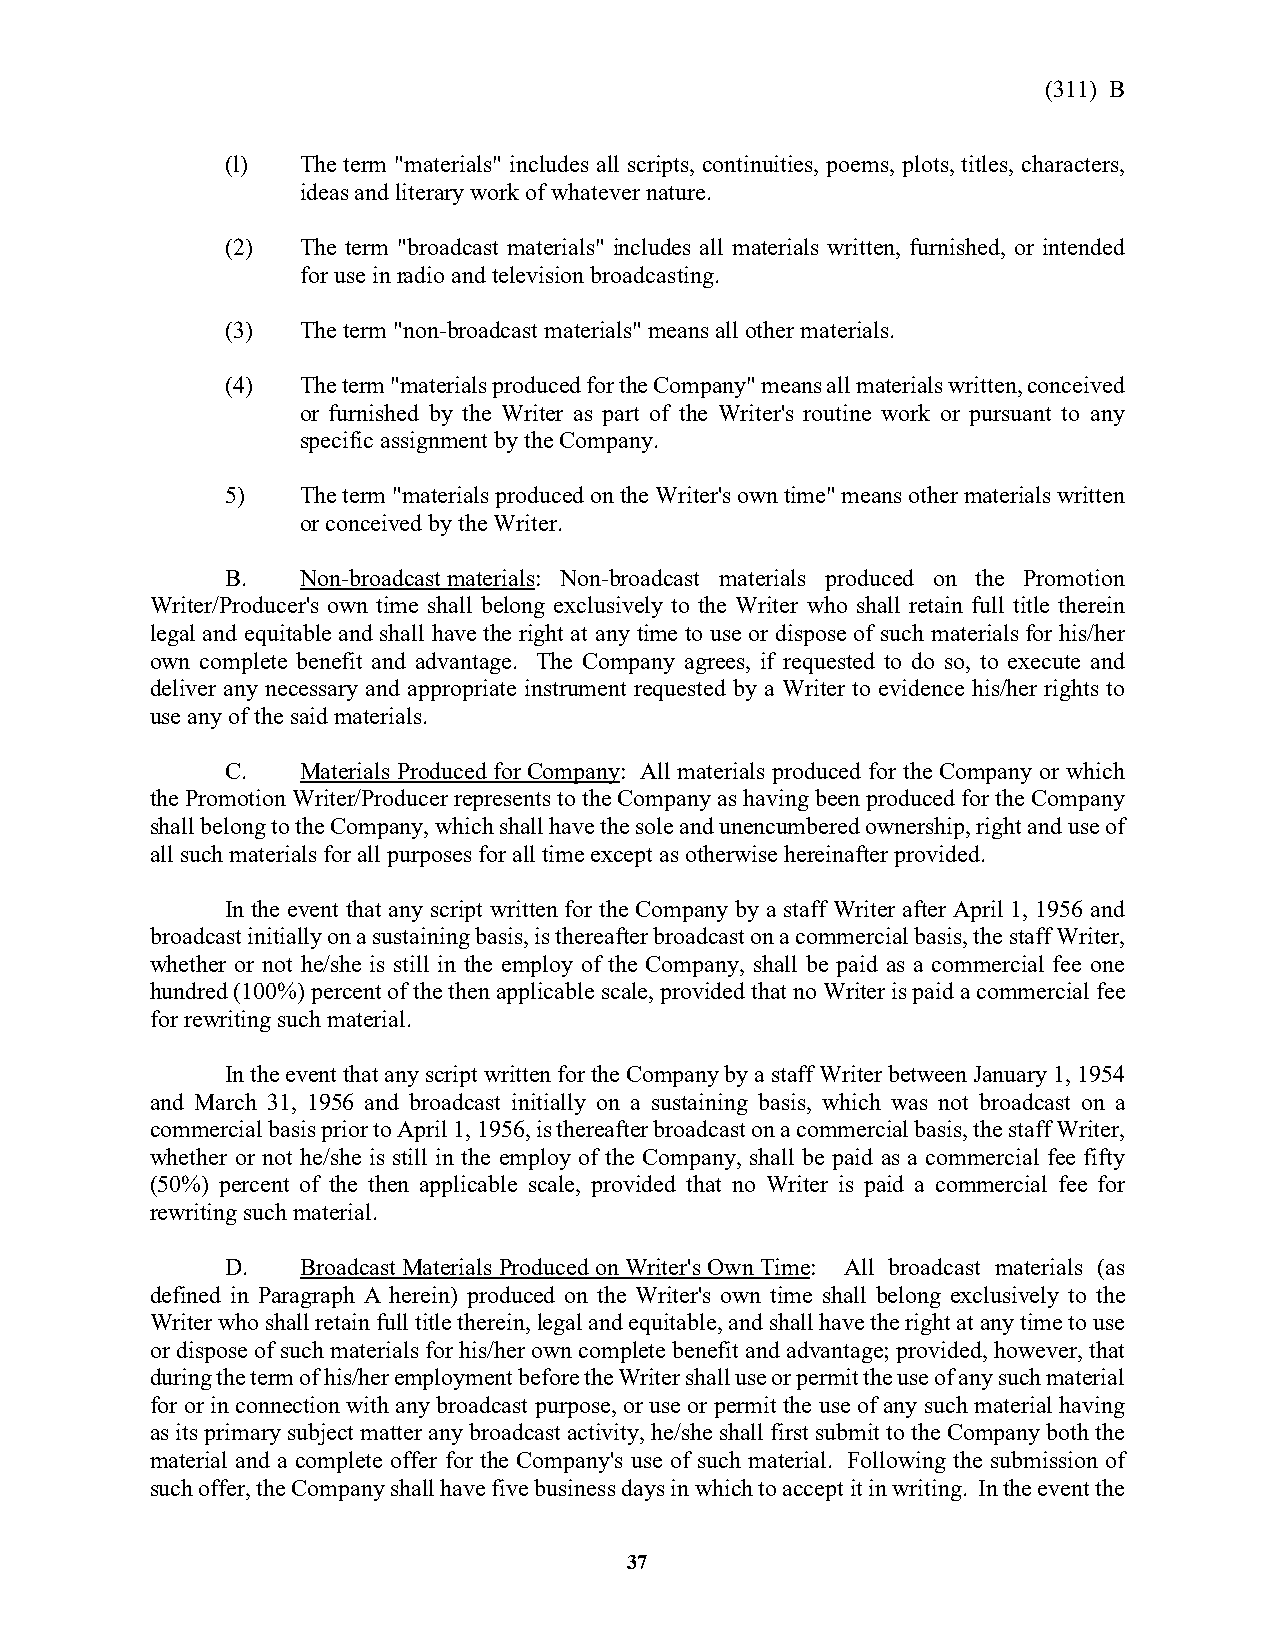
(311) B
 (l)  The term "materials" includes all scripts, continuities, poems, plots, titles, characters,
 ideas and literary work of whatever nature.
 (2)  The term "broadcast materials" includes all materials written, furnished, or intended
 for use in radio and television broadcasting.
 (3)  The term "non-broadcast materials" means all other materials.
 (4)  The term "materials produced for the Company" means all materials written, conceived
 or furnished by the Writer as part of the Writer's routine work or pursuant to any
 specific assignment by the Company.
 5)   The term "materials produced on the Writer's own time" means other materials written
 or conceived by the Writer.
 B.   Non-broadcast materials: Non-broadcast materials produced on the Promotion
 Writer/Producer's own time shall belong exclusively to the Writer who shall retain full title therein
 legal and equitable and shall have the right at any time to use or dispose of such materials for his/her
 own complete benefit and advantage. The Company agrees, if requested to do so, to execute and
 deliver any necessary and appropriate instrument requested by a Writer to evidence his/her rights to
 use any of the said materials.
 C.   Materials Produced for Company: All materials produced for the Company or which
 the Promotion Writer/Producer represents to the Company as having been produced for the Company
 shall belong to the Company, which shall have the sole and unencumbered ownership, right and use of
 all such materials for all purposes for all time except as otherwise hereinafter provided.
 In the event that any script written for the Company by a staff Writer after April 1, 1956 and
 broadcast initially on a sustaining basis, is thereafter broadcast on a commercial basis, the staff Writer,
 whether or not he/she is still in the employ of the Company, shall be paid as a commercial fee one
 hundred (100%) percent of the then applicable scale, provided that no Writer is paid a commercial fee
 for rewriting such material.
 In the event that any script written for the Company by a staff Writer between January 1, 1954
 and March 31, 1956 and broadcast initially on a sustaining basis, which was not broadcast on a
 commercial basis prior to April 1, 1956, is thereafter broadcast on a commercial basis, the staff Writer,
 whether or not he/she is still in the employ of the Company, shall be paid as a commercial fee fifty
 (50%) percent of the then applicable scale, provided that no Writer is paid a commercial fee for
 rewriting such material.
 D.   Broadcast Materials Produced on Writer's Own Time: All broadcast materials (as
 defined in Paragraph A herein) produced on the Writer's own time shall belong exclusively to the
 Writer who shall retain full title therein, legal and equitable, and shall have the right at any time to use
 or dispose of such materials for his/her own complete benefit and advantage; provided, however, that
 during the term of his/her employment before the Writer shall use or permit the use of any such material
 for or in connection with any broadcast purpose, or use or permit the use of any such material having
 as its primary subject matter any broadcast activity, he/she shall first submit to the Company both the
 material and a complete offer for the Company's use of such material. Following the submission of
 such offer, the Company shall have five business days in which to accept it in writing. In the event the
 37